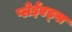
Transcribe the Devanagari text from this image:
प्लेईएड्स